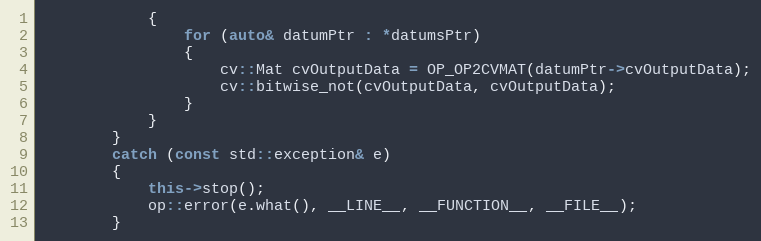
Language: C++
            {
                for (auto& datumPtr : *datumsPtr)
                {
                    cv::Mat cvOutputData = OP_OP2CVMAT(datumPtr->cvOutputData);
                    cv::bitwise_not(cvOutputData, cvOutputData);
                }
            }
        }
        catch (const std::exception& e)
        {
            this->stop();
            op::error(e.what(), __LINE__, __FUNCTION__, __FILE__);
        }